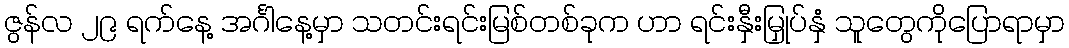
ဇွန်လ ၂၉ ရက်နေ့ အင်္ဂါနေ့မှာ သတင်းရင်းမြစ်တစ်ခုက ဟာ ရင်းနှီးမြှုပ်နှံ သူတွေကိုပြောရာမှာ